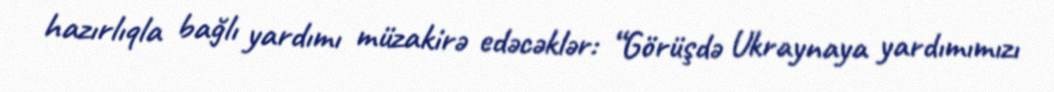
hazırlıqla bağlı yardımı müzakirə edəcəklər: “Görüşdə Ukraynaya yardımımızı